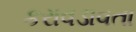
કરાવડાવતા